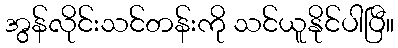
အွန်လိုင်းသင်တန်းကို သင်ယူနိုင်ပါပြီ။